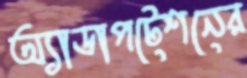
অ্যাডাপটেশনের